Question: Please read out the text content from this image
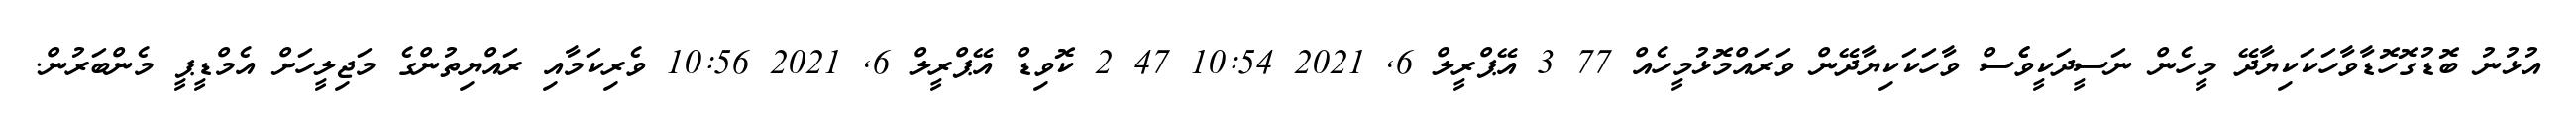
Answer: އުޅުނު ބޮޑުގޮހޮޑާވާހަކަކިޔާދޭ މީހެން ނަސީދަކީވެެސް ވާހަކަކިޔާދޭން ވަރައްމޮޅުމީހެއް 77 3 އޭޕްރީލް 6, 2021 10:54 47 2 ކޮވިޑް އޭޕްރީލް 6, 2021 10:56 ވެރިކަމާއި ރައްޔިތުންގެ މަޖިލީހަށް އެމްޑީޕީ މެންބަރުން.